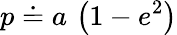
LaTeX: p\doteq a\, \left(1-e^{2}\right)